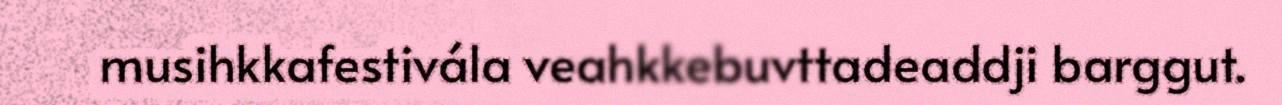
musihkkafestivála veahkkebuvttadeaddji barggut.